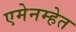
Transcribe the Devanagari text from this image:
एमेनम्हेत